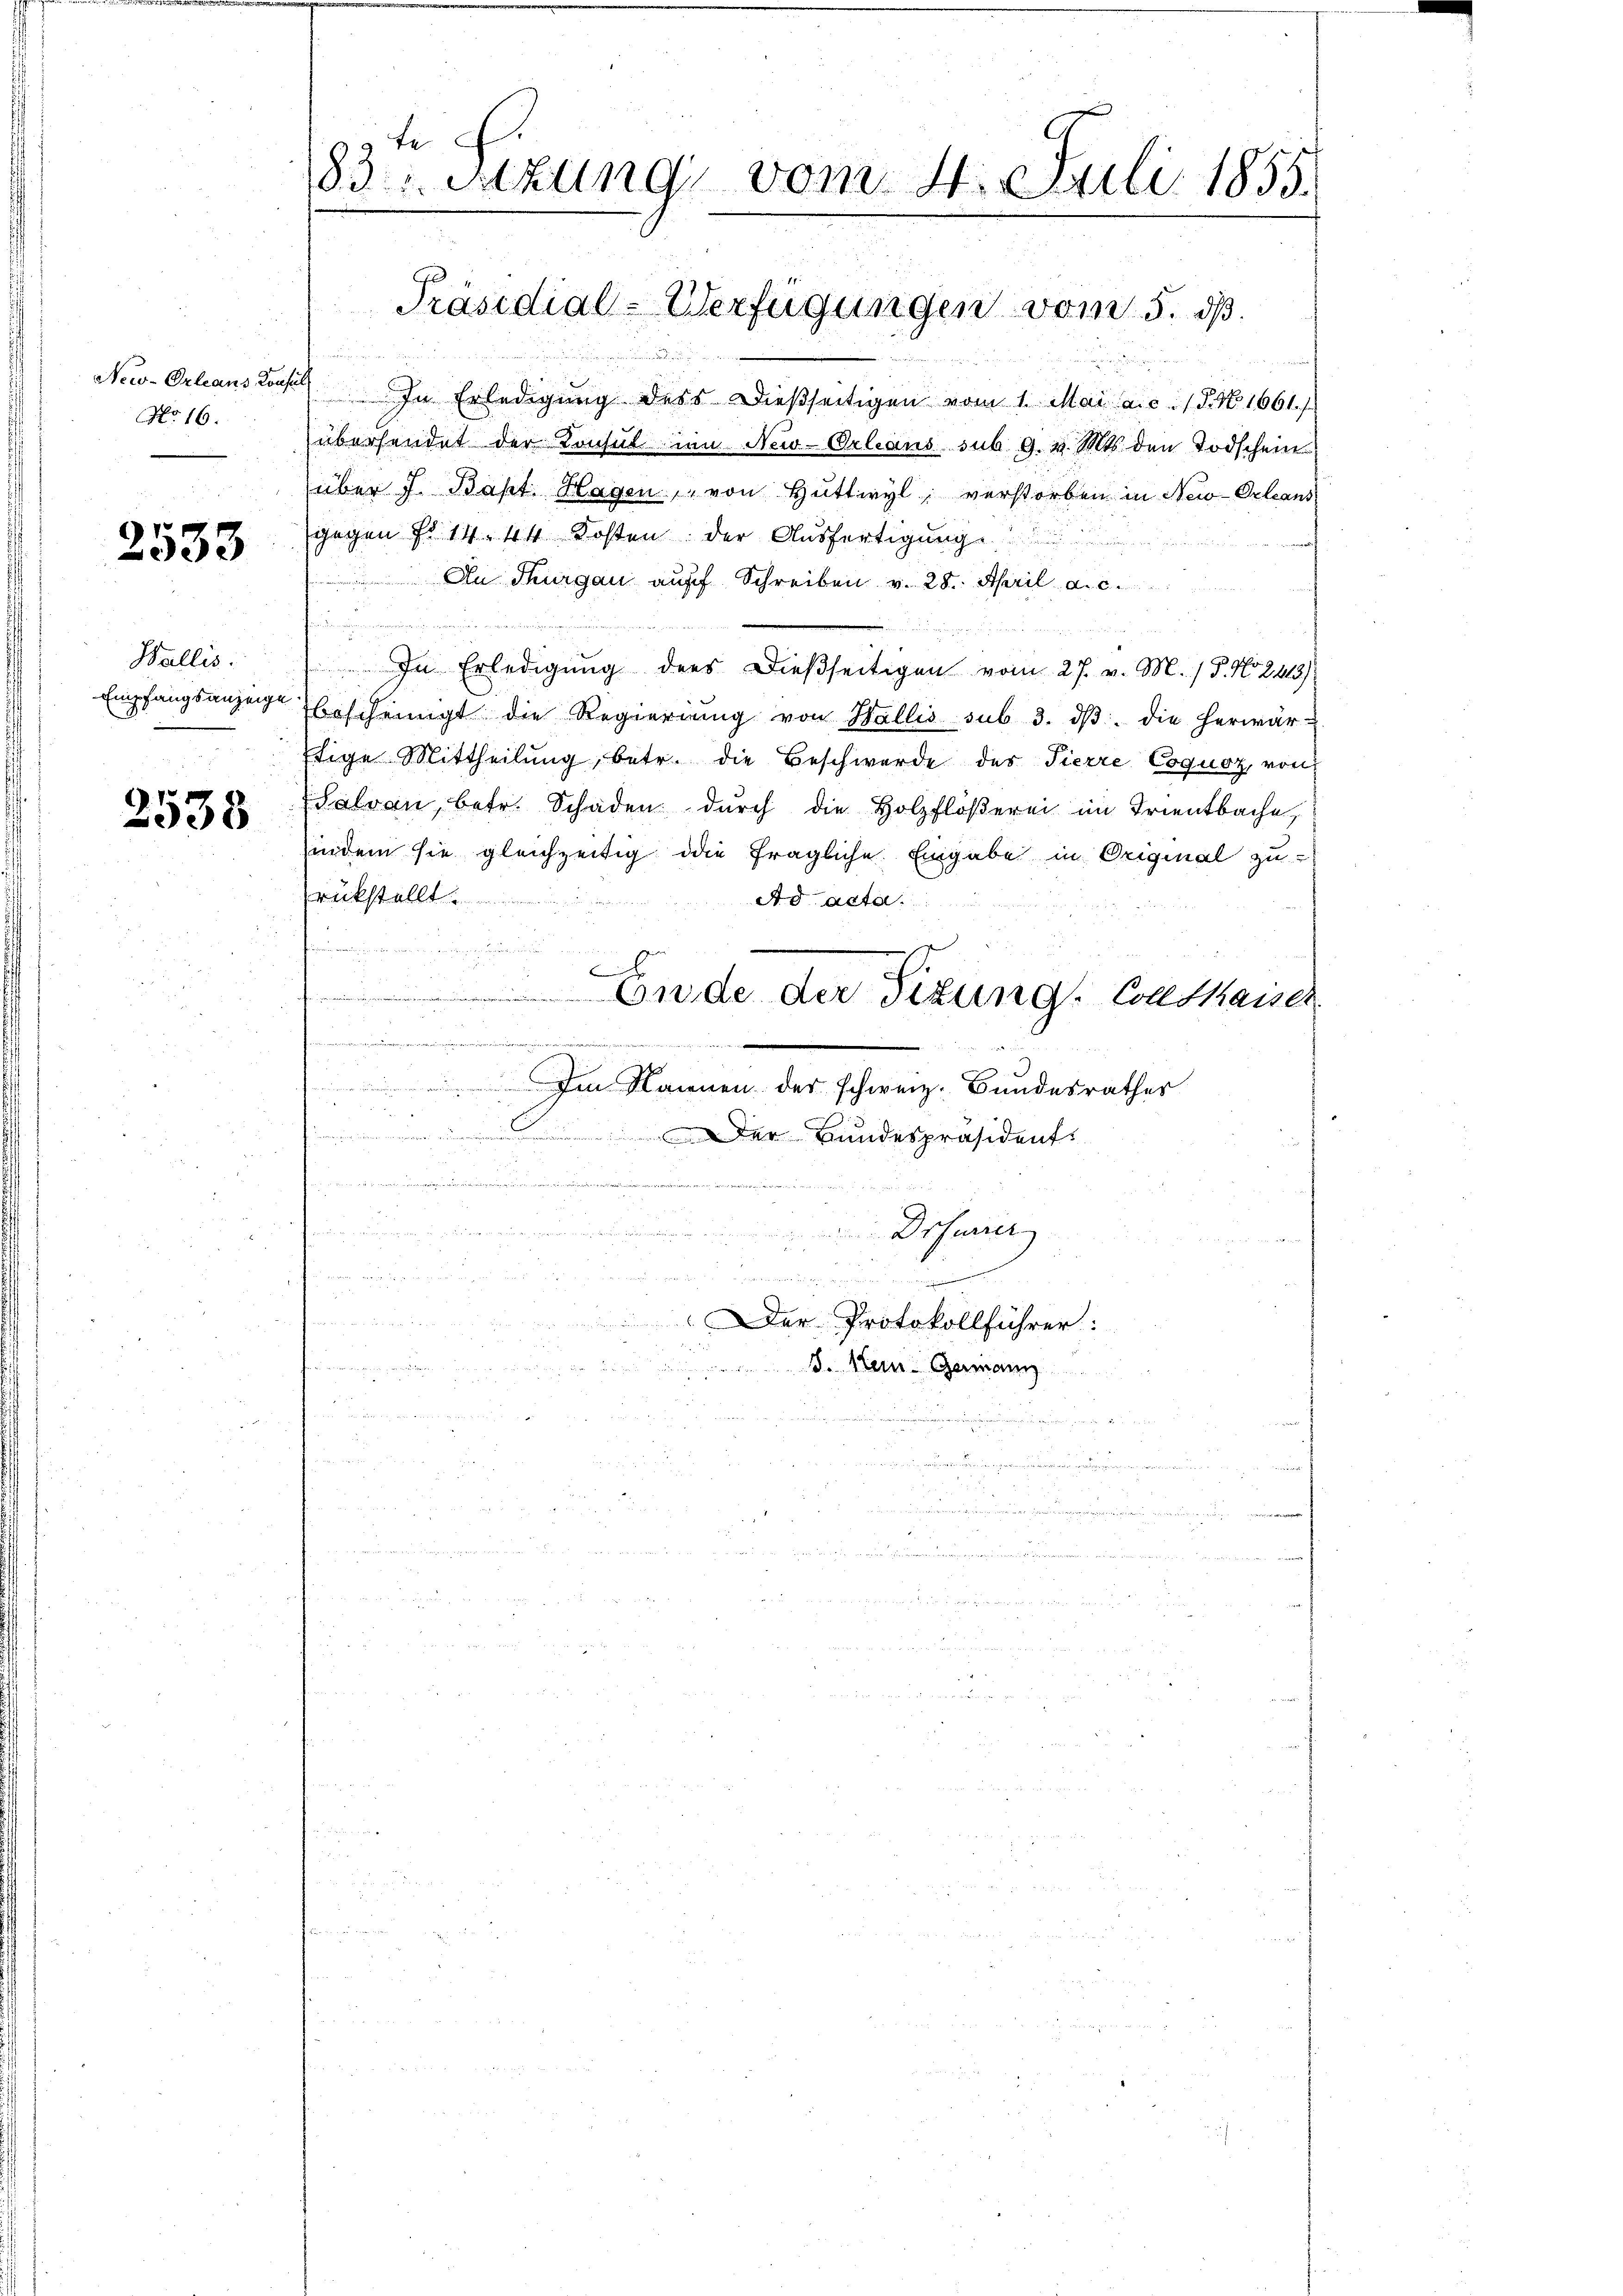
New-Orleans Konsul
No 16.

2533

Wallis.

2538

t f.
183. Sitzung vom 4. Juli 1855.

In Erledigung dess dießseitigen vom 1. Mai a.c. (T. No. 1661.
übersendet der Konsul in New-Orleans sub 9. v. Mts. den Todschein
über J. Bapt. Hagen, von Hüttwyl verstorben in New-Orleans
gegen No 14. 44 Kosten der Ausfertigung
An Thurgau auff Schreiben v. 28. April a. c.

In Erledigung ders dießseitigen vom 27. v. M. / 5. No. 2413)
Empfangsanzeige bescheinigt die Regierŭng von Wallis sub 3. dβ. die herwär¬
Etige Mittheilung, betr. die Beschwerde des Tierre Coquoz, von
Salvan, betr. Schaden durch die Holzflößerei im Trientbache,
indem sie gleichzeitig die fragliche Eingabe in Original zu-
rückstellt
Ad acta
tenen

S
 Ende der Sitzung Contkaiser
h

 Im Rainen der schweiz. Bundesrathes

.Der Bundespräsident
.
mler und wenn, wenig nun in ich und eine er mand in den in in denen andenen
Drsuner
d
dee der
   gegen den
.
Der Protokollführer:
2 x
u
S. Mein Germann

Präsidial-Verfügungen vom 5. dß.